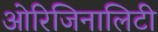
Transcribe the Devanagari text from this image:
ओरिजिनालिटी